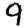
Digit: 9